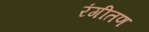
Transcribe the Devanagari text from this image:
रंगीतण